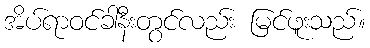
အိပ်ရာဝင်ခါနီးတွင်လည်း မြင်ဖူးသည်။